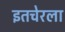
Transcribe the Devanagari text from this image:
इतचेरला